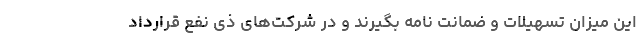
این میزان تسهیلات و ضمانت نامه بگیرند و در شرکت‌های ذی نفع قرارداد